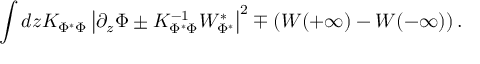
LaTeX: \int d z K _ { \Phi ^ { * } \Phi } \left| \partial _ { z } \Phi \pm K _ { \Phi ^ { * } \Phi } ^ { - 1 } W _ { \Phi ^ { * } } ^ { * } \right| ^ { 2 } \mp \left( W ( + \infty ) - W ( - \infty ) \right) .